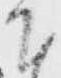
下